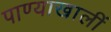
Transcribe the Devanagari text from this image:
पाण्याखालीं